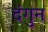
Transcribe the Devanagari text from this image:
दंगुन